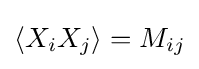
\left\langle X_{i}X_{j}\right\rangle =M_{ij}